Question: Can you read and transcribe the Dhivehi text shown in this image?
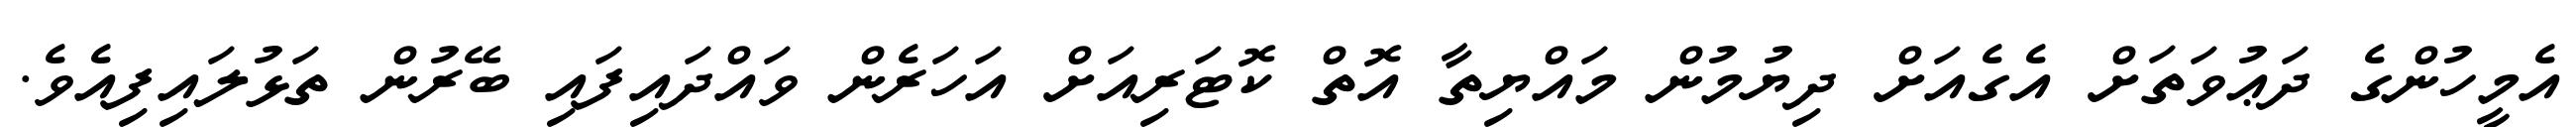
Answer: އެމީހުންގެ ދަޢުވަތަށް އެގެއަށް ދިޔުމުން މައްޔިތާ އޮތް ކޮޓަރިއަށް އަހަރެން ވައްދައިފައި ބޭރުން ތަޅުލައިފިއެވެ.